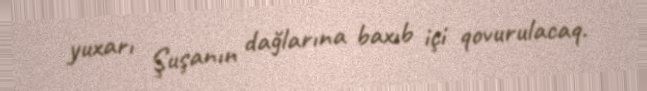
yuxarı Şuşanın dağlarına baxıb içi qovurulacaq.